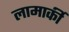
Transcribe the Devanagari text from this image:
लामार्की